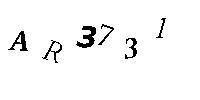
AR3731